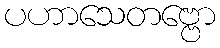
ပဟာသေတဗ္ဗော